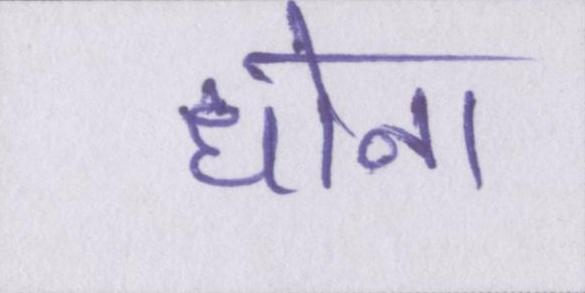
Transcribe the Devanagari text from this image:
धोना